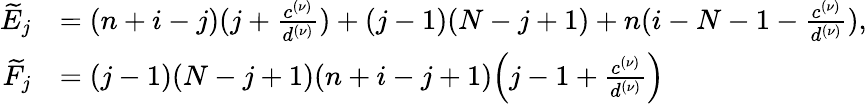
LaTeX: \begin{array}{rl}{\widetilde{E}_{j}}&{=(n+i-j)(j+\frac{c^{(\nu)}}{d^{(\nu)}})+(j-1)(N-j+1)+n(i-N-1-\frac{c^{(\nu)}}{d^{(\nu)}}),}\\ {\widetilde{F}_{j}}&{=(j-1)(N-j+1)(n+i-j+1)\Big(j-1+\frac{c^{(\nu)}}{d^{(\nu)}}\Big)}\end{array}